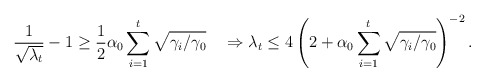
\begin{align*}\frac{1}{\sqrt{\lambda_t}}-1\geq\frac{1}{2}\alpha_0\sum_{i=1}^t\sqrt{\gamma_i/\gamma_0}\quad\Rightarrow\lambda_t\leq4\left(2+\alpha_0\sum_{i=1}^t\sqrt{\gamma_i/\gamma_0}\right)^{-2}.\end{align*}